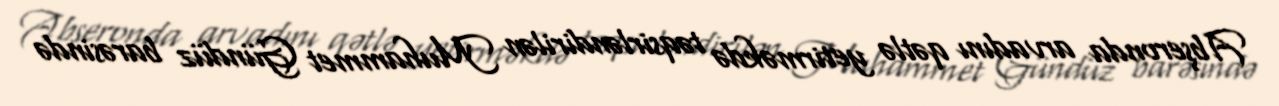
Abşeronda arvadını qətlə yetirməkdə təqsirləndirilən Muhammet Gündüz barəsində